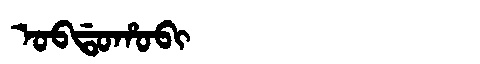
Manchu: ᠣᠪᡩᠣᡥᠣᠪᡳ
Romanization: OBDOHOBI